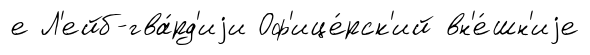
е Л'ейб-гва́рд'иjи Оф'ице́рск'ий вн'е́шн'иjе